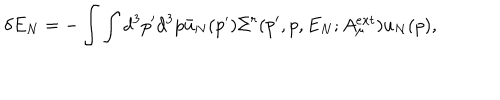
\delta E _ { N } = - \int \int d ^ { 3 } p ^ { \prime } d ^ { 3 } p \bar { u } _ { N } ( p ^ { \prime } ) \Sigma ^ { r } ( p ^ { \prime } , p , E _ { N } ; A _ { \mu } ^ { e x t } ) u _ { N } ( p ) ,